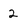
Character: 2